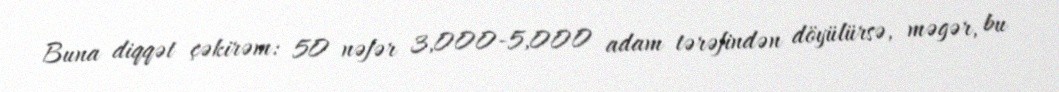
Buna diqqət çəkirəm: 50 nəfər 3,000-5,000 adam tərəfindən döyülürsə, məgər, bu